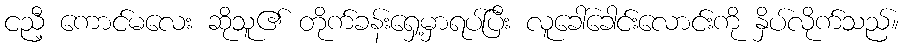
ငညီ့ ကောင်မလေး ဆိုသူ၏ တိုက်ခန်းရှေ့မှာရပ်ပြီး လူခေါ်ခေါင်းလောင်းကို နှိပ်လိုက်သည်။